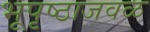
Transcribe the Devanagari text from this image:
भूपृष्ठाजवळ